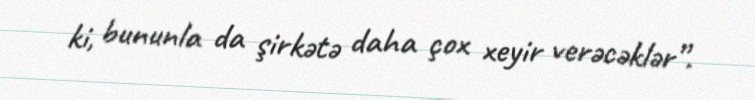
ki, bununla da şirkətə daha çox xeyir verəcəklər”.